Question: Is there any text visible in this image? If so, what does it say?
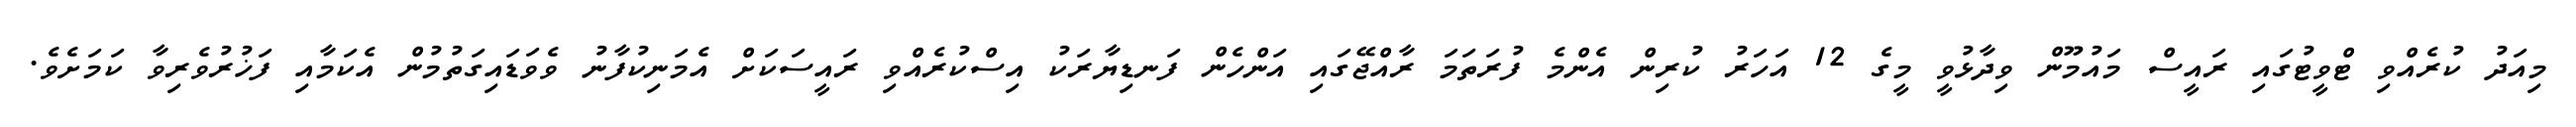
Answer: މިއަދު ކުރެއްވި ޓްވީޓުގައި ރައީސް މައުމޫން ވިދާޅުވީ މީގެ 12 އަހަރު ކުރިން އެންމެ ފުރަތަމަ ރާއްޖޭގައި އަންހެން ފަނޑިޔާރަކު އިސްކުރެއްވި ރައީސަކަށް އެމަނިކުފާނު ވެވަޑައިގަތުމުން އެކަމާއި ފަޚުރުވެރިވާ ކަމަށެވެ.